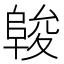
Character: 𱀖